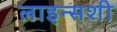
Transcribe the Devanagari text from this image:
लाइन्सशी